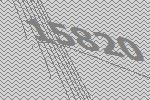
15820